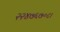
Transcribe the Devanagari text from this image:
२२४७६७०८।